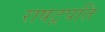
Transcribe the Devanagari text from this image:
राषट्रपति